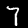
Label: 7